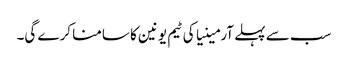
سب سے پہلے آرمینیا کی ٹیم یونین کا سامنا کرے گی۔